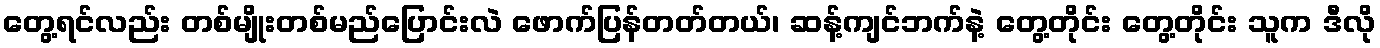
တွေ့ရင်လည်း တစ်မျိုးတစ်မည်ပြောင်းလဲ ဖောက်ပြန်တတ်တယ်၊ ဆန့်ကျင်ဘက်နဲ့ တွေ့တိုင်း တွေ့တိုင်း သူက ဒီလို